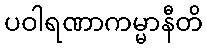
ပဝါရဏာကမ္မာနီတိ